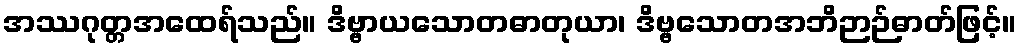
အဿဂုတ္တအထေရ်သည်။ ဒိဗ္ဗာယသောတဓာတုယာ၊ ဒိဗ္ဗသောတအဘိဉာဉ်ဓာတ်ဖြင့်။